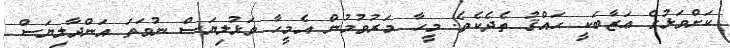
ކަށްވަޅުގެ ޢަޒާބަކީ ޙައްޤު ތެދެކެވެ. މީހާ މަރުވުމުން އެމީހާ ވަޅުލިޔަސް ނުވަތަ އަންދާލިޔަސް